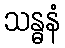
သန္ဓနံ